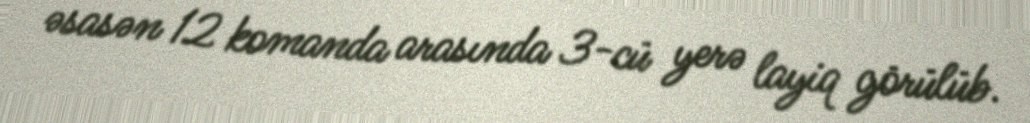
əsasən 12 komanda arasında 3-cü yerə layiq görülüb.